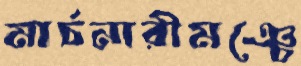
মার্চনারীমঞ্চে